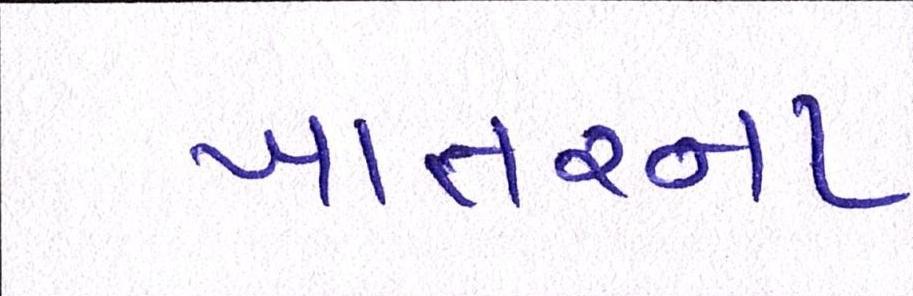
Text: ખાતરના